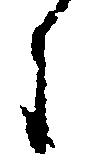
々